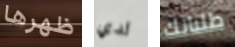
ظهرها لدي طلباتك